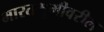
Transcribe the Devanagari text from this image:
भारतभूमीवरील